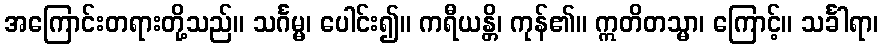
အကြောင်းတရားတို့သည်။ သင်္ဂမ္မ၊ ပေါင်း၍။ ကရီယန္တိ၊ ကုန်၏။ ဣတိတသ္မာ၊ ကြောင့်။ သင်္ခါရာ၊